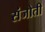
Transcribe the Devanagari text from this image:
संजोती